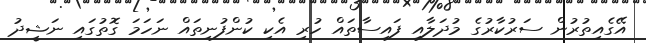
އޭގެއިތުރުން ސަރުކާރުގެ މުދަލާއި ފައިސާތައް ހުރި އެކި ކުންފުނިތައް ނަހަމަ ގޮތުގައި ނަޝީދު